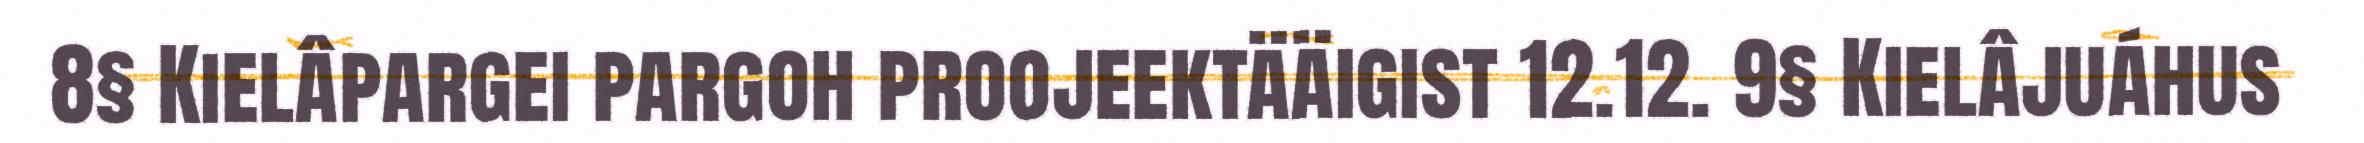
8§ Kielâpargei pargoh proojeektääigist 12.12. 9§ Kielâjuáhus